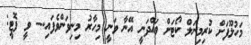
މަހުލޫފަށް ކުރިމިނަލް ކޯޓަށް ވައްދަނީ އޭނާ ވަނީ މިހާރު މިނިވަންވެފައި.-- ވީ ފޮޓީ: